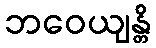
ဘဝေယျန္တိ